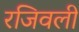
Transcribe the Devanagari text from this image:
रजिवली